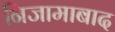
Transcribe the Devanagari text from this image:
निजामाबाद